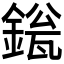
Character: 𬫱